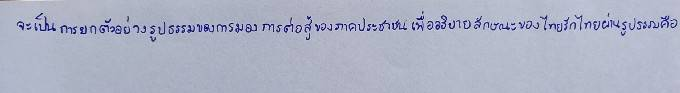
จะเป็นการยกตัวอย่างรูปธรรมของการมองการต่อสู้ของภาคประชาชนเพื่ออธิบายลักษณะของไทยรักไทยผ่านรูปธรรมคือ